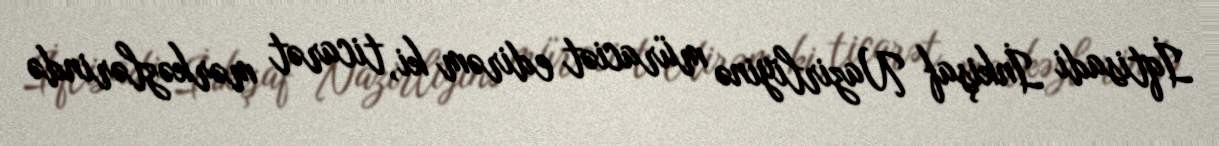
İqtisadi İnkişaf Nazirliyinə müraciət edirəm ki, ticarət mərkəzlərində